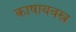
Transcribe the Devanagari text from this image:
काषायवस्त्र